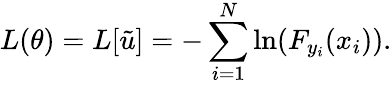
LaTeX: L(\theta)=L[\tilde{u}]=-\sum_{i=1}^{N}\ln(F_{y_{i}}(x_{i})).